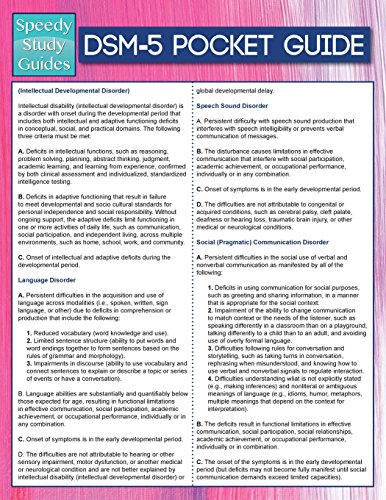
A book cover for DSM-5 Pocket Guide (Speedy Study Guides); Speedy Publishing LLC; Medical Books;